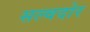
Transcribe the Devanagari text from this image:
सल्वदोर